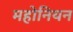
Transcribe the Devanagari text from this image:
महोनियन